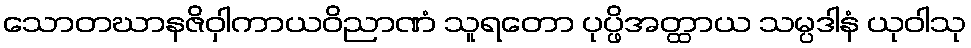
သောတဃာနဇိဝှါကာယဝိညာဏံ သူရတော ပုပ္ဖိအတ္ထာယ သမ္ပဒါနံ ယုဝါသု